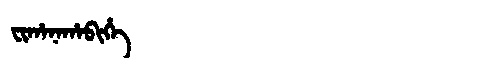
Manchu: ᠸᡳᡥᠠᠨᠠᡥᠠᠪᡳᡥᡝ
Romanization: FIHANAHABIHE